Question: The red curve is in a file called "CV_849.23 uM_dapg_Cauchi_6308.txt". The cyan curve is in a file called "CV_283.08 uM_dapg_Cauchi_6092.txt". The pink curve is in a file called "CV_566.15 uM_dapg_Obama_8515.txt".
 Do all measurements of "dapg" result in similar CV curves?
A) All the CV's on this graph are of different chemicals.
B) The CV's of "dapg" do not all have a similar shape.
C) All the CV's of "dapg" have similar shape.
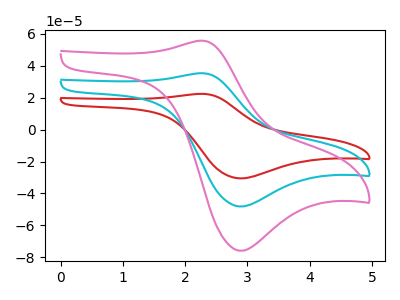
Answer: <think>The red curve "dapg, 849.23 uM" has an anodic peak at (2.30V, 70.80uA) and a cathodic peak at (2.90V, -96.40uA). The cyan curve "dapg, 283.08 uM" has an anodic peak at (2.30V, 35.40uA) and a cathodic peak at (2.90V, -48.20uA). The pink curve "dapg, 566.15 uM" has an anodic peak at (2.30V, 55.80uA) and a cathodic peak at (2.90V, -75.95uA).
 All the peaks in "dapg, 849.23 uM" have a peak in "dapg, 283.08 uM" at the same potential. Every peak in "dapg, 849.23 uM" is higher than every peak in "dapg, 283.08 uM". All the peaks in "dapg, 849.23 uM" have a peak in "dapg, 566.15 uM" at the same potential. Every peak in "dapg, 849.23 uM" is higher than every peak in "dapg, 566.15 uM". All the peaks in "dapg, 283.08 uM" have a peak in "dapg, 566.15 uM" at the same potential. Every peak in "dapg, 283.08 uM" is lower than every peak in "dapg, 566.15 uM".</think>
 <answer>C) All the CV's of "dapg" have similar shape.</answer>
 <eval>C</eval>